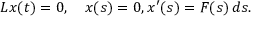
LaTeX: L x ( t ) = 0 , \quad x ( s ) = 0 , x ^ { \prime } ( s ) = F ( s ) \, d s .